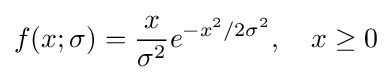
f(x;\sigma )={\frac {x}{\sigma ^{2}}}e^{-x^{2}/2\sigma ^{2}},\quad x\geq 0